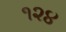
૧૨૪